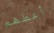
أعطهم